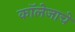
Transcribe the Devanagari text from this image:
कॉलेजाचे